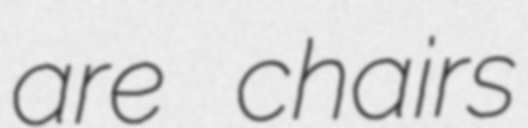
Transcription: are chairs